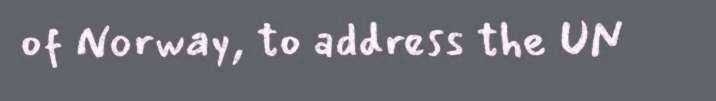
of Norway, to address the UN